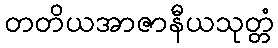
တတိယအာဇာနီယသုတ္တံ